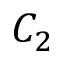
C _ { 2 }